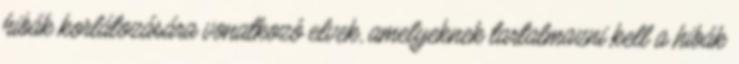
hibák korlátozására vonatkozó elvek, amelyeknek tartalmazni kell a hibák